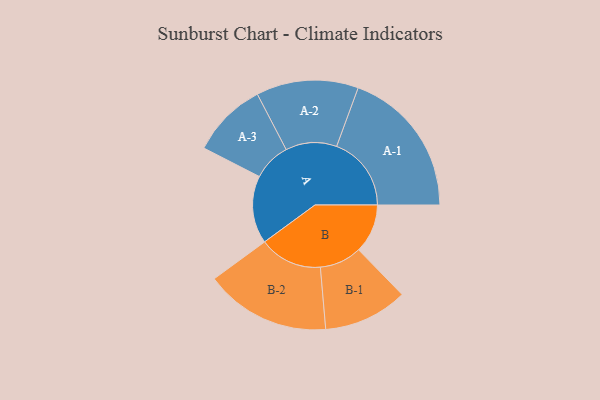
{"axis": {"x": "Segment", "y": "Value"}, "legend": ["", "A", "B"], "data": [{"x": "A", "y": 195, "type": ""}, {"x": "B", "y": 141, "type": ""}, {"x": "A-1", "y": 215, "type": "A"}, {"x": "A-2", "y": 147, "type": "A"}, {"x": "A-3", "y": 109, "type": "A"}, {"x": "B-1", "y": 121, "type": "B"}, {"x": "B-2", "y": 181, "type": "B"}]}